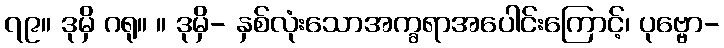
၇၉။ ဒုမှိ ဂရု။ ။ ဒုမှိ- နှစ်လုံးသောအက္ခရာအပေါင်းကြောင့်၊ ပုဗ္ဗော-